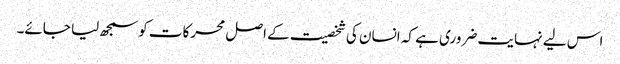
اس لیے نہایت ضروری ہے کہ انسان کی شخصیت کے اصل محرکات کو سمجھ لیا جائے۔